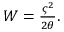
\begin{array} { r } { W = \frac { \varsigma ^ { 2 } } { 2 \theta } . } \end{array}